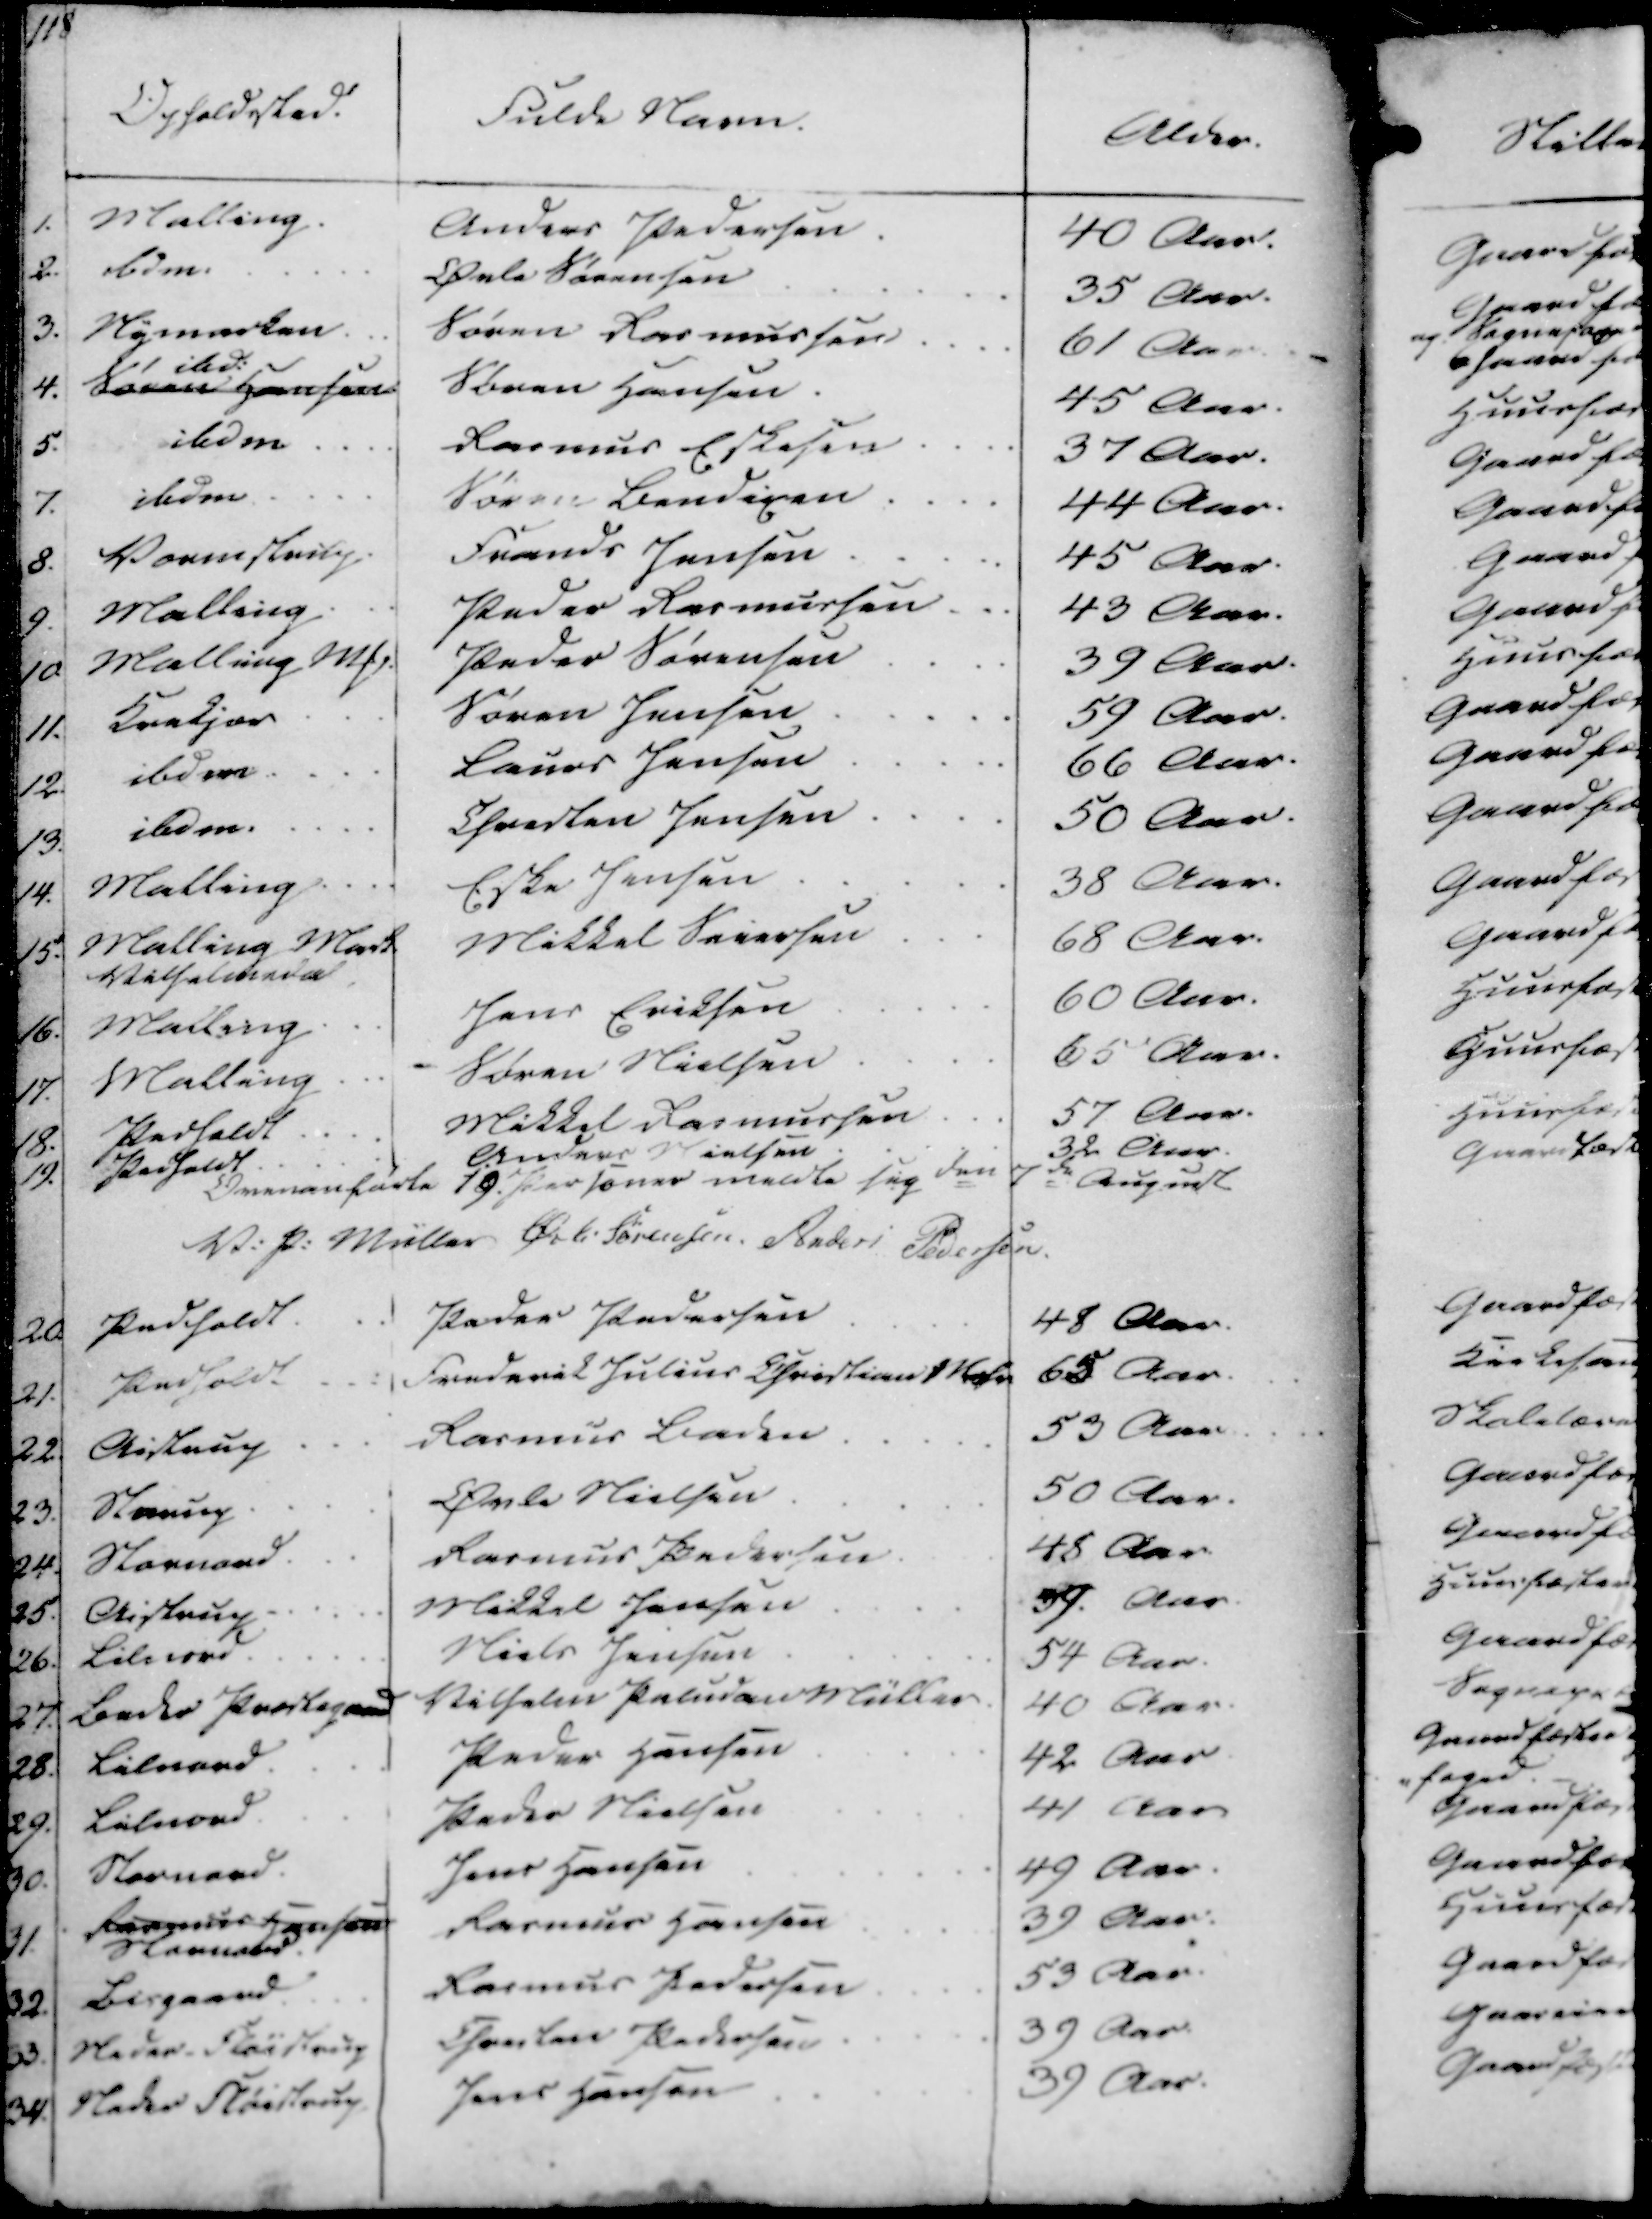
Transskription:
118
Opholdsted.
Fulde Navn.
Alder

1. Malling.
Anders Pedersen
40 Aar

2. Idm.
Øvle Sørensen
35 Aar.

3. Nymarken.
Søren Rasmussen
61 Aar

4. Søren Hansen
ibd.
Søren Hansen
45 Aar

5. ibdm.
Rasmus Eskesen
37 Aar

7. ibdm
Søren Bendixen
44 Aar.

8. Vormstrup
Frands Jensen
45 Aar.

9. Malling
Peder Rasmussen
43 Aar.

10. Malling Mk.
Peder Sørensen
39 Aar.

11. Krekjær
Søren Jensen
59 Aar.

12. ibdm.
Laues Jensen
66 Aar

13. ibdm.
Chresten Jensen
50 Aar.

14. Malling
Eske Jensen
38 Aar.

15. Malling Mark
Vilselmnde
Mikkel Sørensen
68 Aar.

16. Malling
Jens Eriksen
60 Aar.

17. Malling
Søren Nielsen
65 Aar.

18. Pedholdt.
Mikkel Rasmussen
57 Aar

19. Pedholdt
Anders Nielsen.
32 Aar
Overanførte 19 Personer meldte sig den 7de August

V. P. Müller
Øvli Sørensen.
Anders Pedersen.

20. Pedholdt.
Peder Pedersen
48 Aar.

21. Pedholdt
Frederik Julius Christian Mohr
65 Aar.

22. Aistrup
Rasmus Baden
53 Aar

23. Starup.
Øvle Nielsen
50 Aar.

24. Stornord.
Rasmus Pedersen
48 Aar

25. Aistrup.
Mikkel Jensen
39 Aar

26. Lilnord
Niels Jensen
54 Aar.

27. Beder Præstegaard
Vilhelm Paludan Müller
40 Aar.

28. Lilnord.
Peder Hansen
42 Aar.

29. Lilnord.
Peder Nielsen
41 Aar

30. Stornord.
Jens Hansen
49 Aar.

31. Rasmus Hansen
Stornord
Rasmus Hansen
39 Aar.

32. Bisgaard
Rasmus Pedersen
53 Aar.

33. Neder Fløistrup
Chresten Pedersen
39 Aar.

34. Neder Fløistrup
Jens Hansen
39 Aar